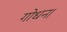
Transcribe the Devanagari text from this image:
गोधन।